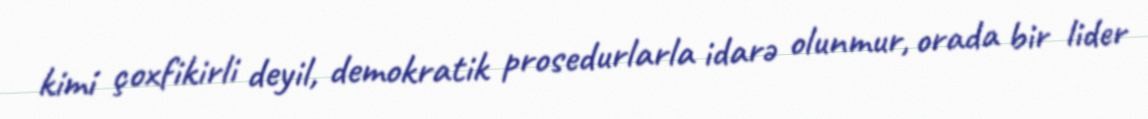
kimi çoxfikirli deyil, demokratik prosedurlarla idarə olunmur, orada bir lider